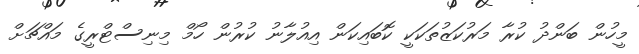
މީހުން ބަންދު ކުރާ މަރުކަޒުތަކަކީ ކޮބައިކަން އިއުލާނު ކުރުން ހޯމް މިނިސްޓްރީގެ މައްޗަށް